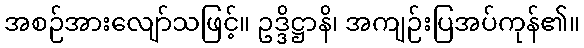
အစဉ်အားလျော်သဖြင့်။ ဥဒ္ဒိဋ္ဌာနိ၊ အကျဉ်းပြအပ်ကုန်၏။